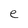
Character: e